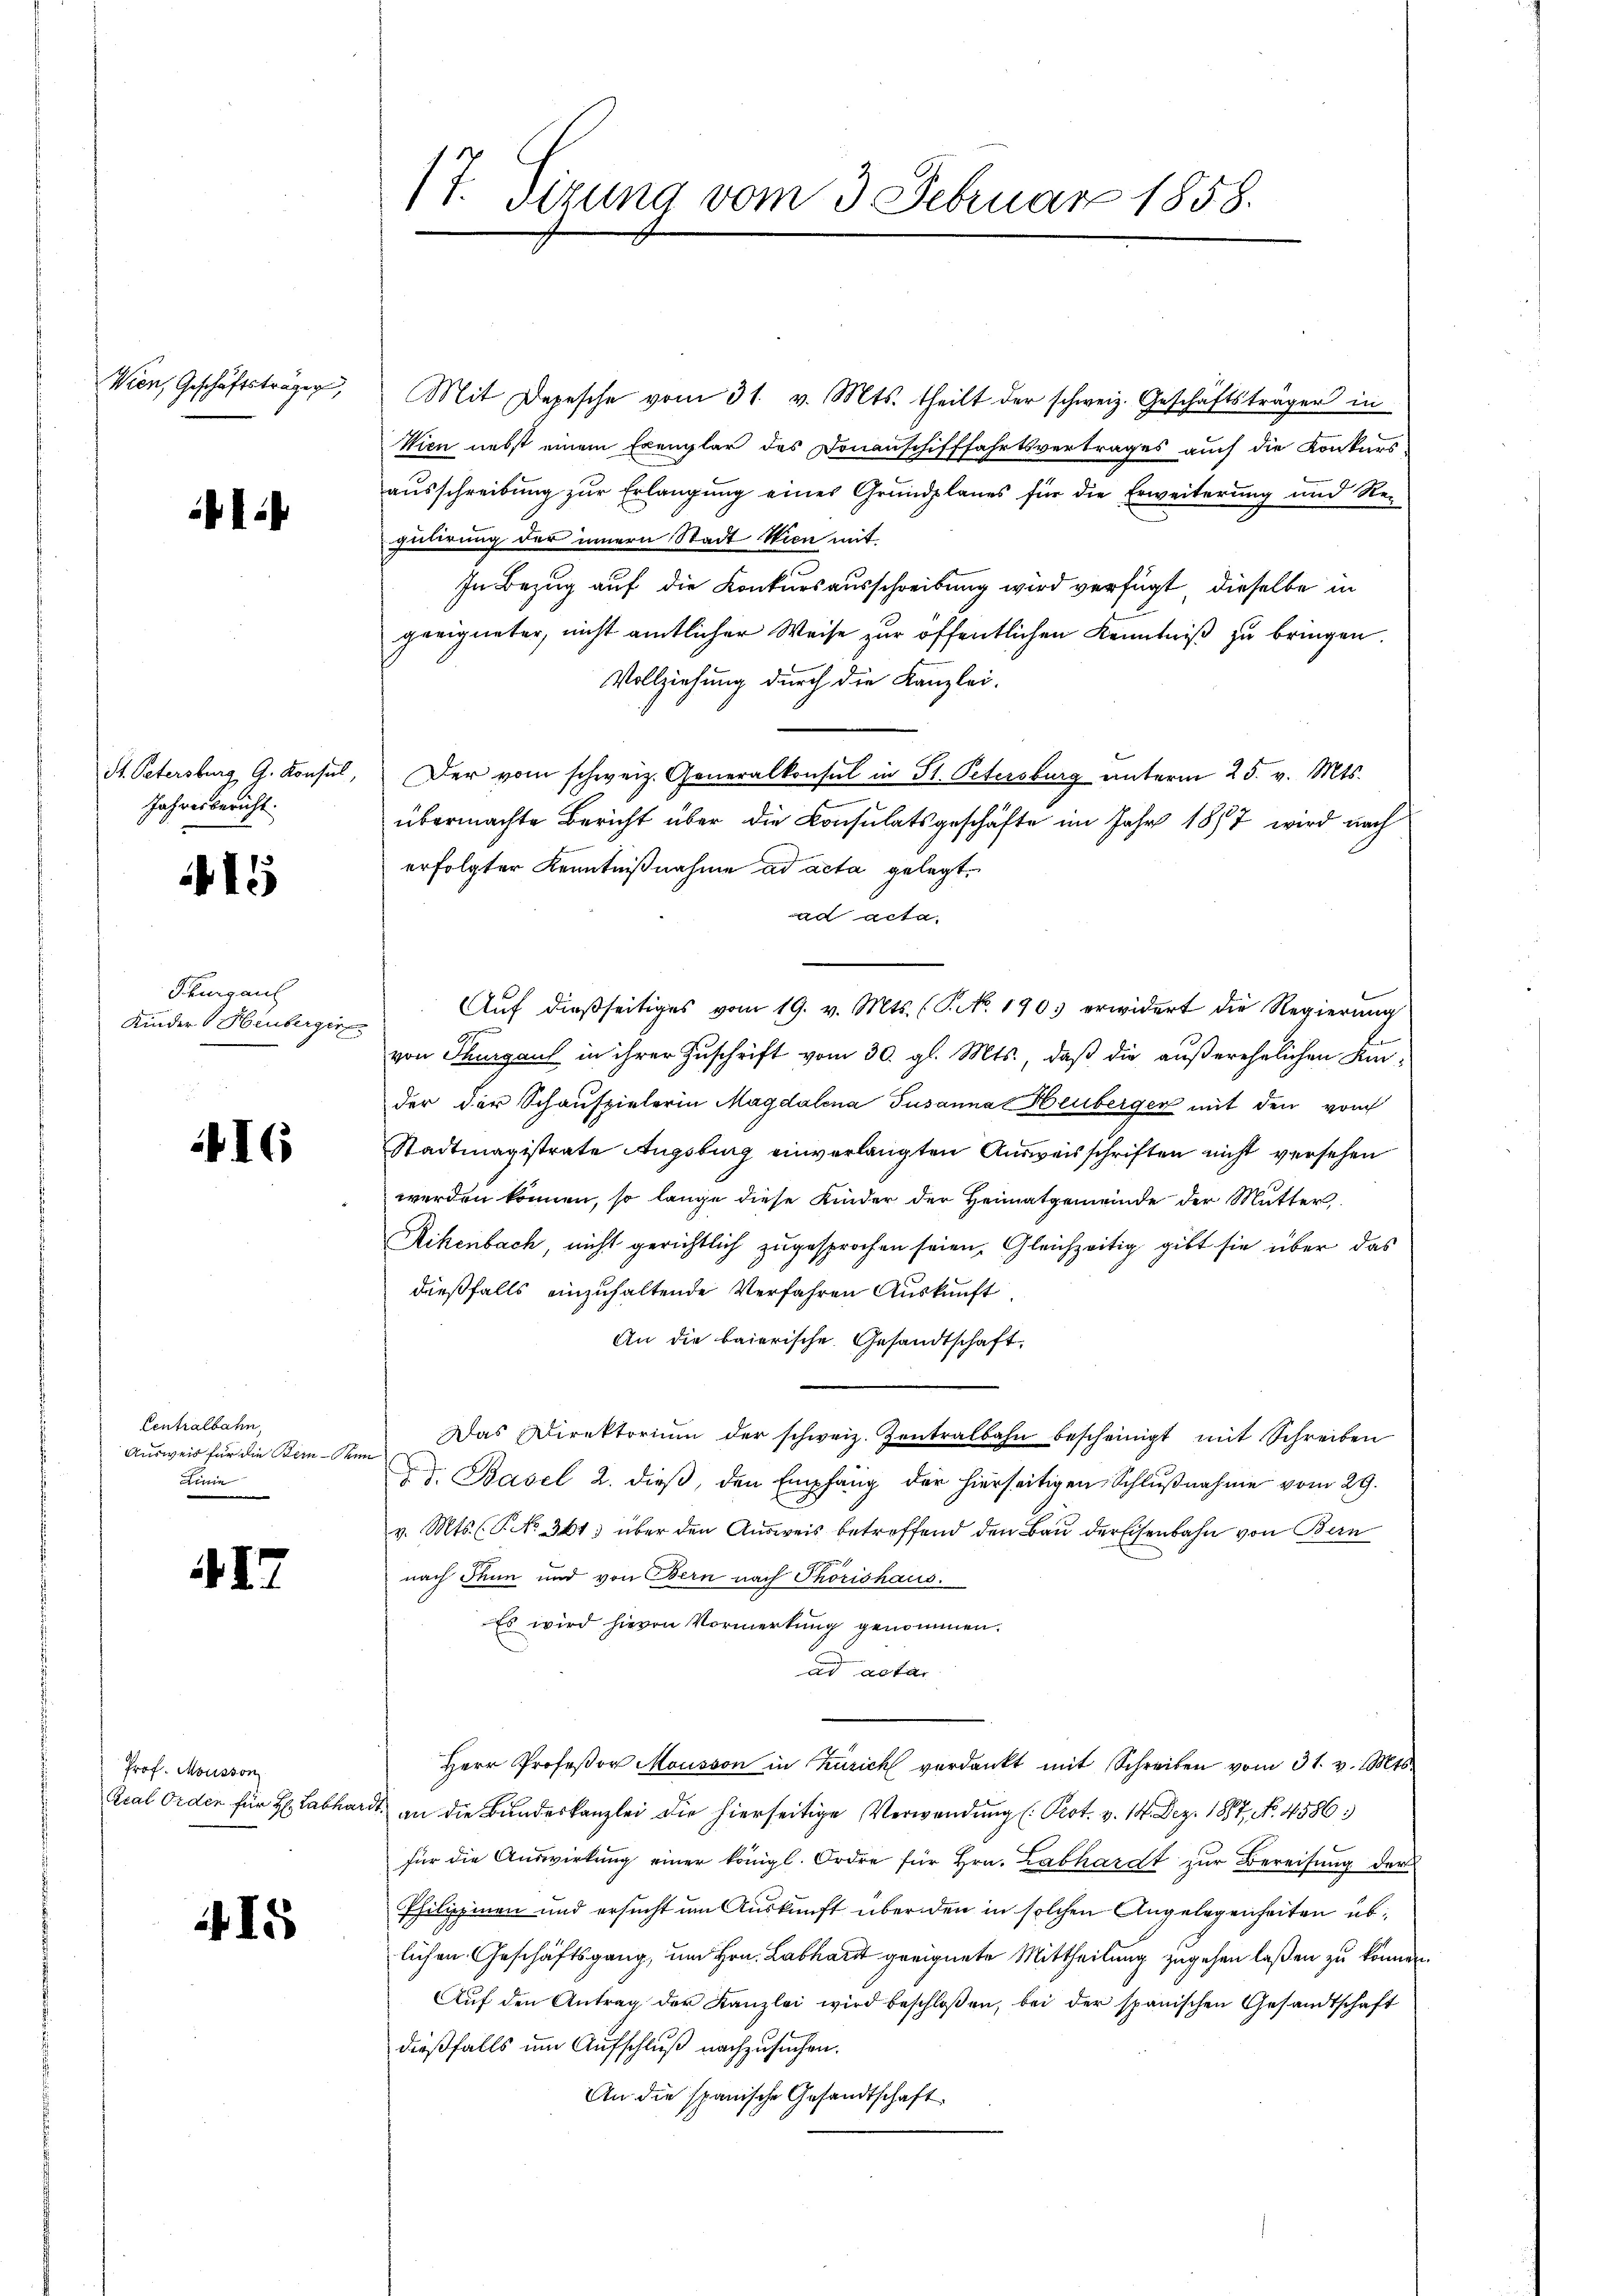
Wien, Geschäftsträger

1:

St. Petersburg, G. Konsul,
Jahresbericht.

15

Thurgau
Kinder Heuberger

416

Centralbahn,
Ausweis für die Bern - Sei
Linie

4I

Prof. Mousson
Kral Orden für H: Labhar

1

(T. Szung vom 3. Februar 1858.

Mit Depesche vom 31. v. Mts. theilt der schweiz. Geschäftsträger in
Wien nebst einem Exemplar des Donanschifffahrtsvertrages auch die Konkurs-
ausschreibung zur Erlangung eines Grundplanes für die Erweiterung und Regulirung der innern Stadt Wien mit
In Bezug auf die Konkursausschreibung wird verfügt, dieselbe in
geeigneter, nicht amtlicher Weise zur öffentlichen Kenntniß zu bringen.
Vollziehung durch die Kanzlei-
Der vom schweiz. Generalkonsul in St. Petersburg unterm 25. v. Mts.
übermachte Bericht über die Konsulatsgeschäfte im Jahr 1877 wird nach
erfolgter Kenntnißnahme ad acta gelegt.
an acta
Auf dießseitiges vom 19. v. Mts. (S. 1903 erwidert die Regierung
von Thurgaul in ihrer Zuschrift vom 30. gl. Mts., daß die außerehelichen Kin-
der der Schauspielerin Magdalena Susanna Heuberger mit den vom
Stadtmagistrate Augsburg einverlangten Ausweisschriften nicht versehen
werden können, so lange diese Kinder der Heimatgemeinde der Mutter
Rikenbach, nicht gerichtlich zugesprochen seien. Gleichzeitig gibt sie über das
dießfalls einzuhaltende Verfahren Auskunft
An die baierische Gesandtschaft
Das Direktorium der schweiz. Zentralbahn bescheinigt mit Schreiben
Dr. Basel 2. dieβ, den Empfang der hierseitigen Schlŭβnahme vom 29.
v. Mts. (P NNo. 361) über den Aŭsweis betreffend den Bau der Eisenbahn von Bern
nach Thun und von Bern nach Thorishaus
Es wird hievon Vormerkung genommen.
ad acta
Herr Profeßor Mousson in Zürich verdankt mit Schreiben vom 31. v. Mts.
d. an die Bundeskanzlei die hierseitige Verwendung (: Prot. v. 14. Dez. 1887, No. 4586.
für die Auswirkung einer königl. Ordre für Hrn. Labhardt zur Bereitung der
Philippinen und ersucht um Auskunft über den in solchen Angelegenheiten üblichen Geschäftsgang, um Hrn. Labhardt geeignete Mittheilung zugehen laßen zu können.
Aŭf den Antrag der Kanzlei wird beschloßen, bei der spanischen Gesandtschaft
dießfalls um Aufschluß nachzusuchen.
An die spanische Gesandtschaft